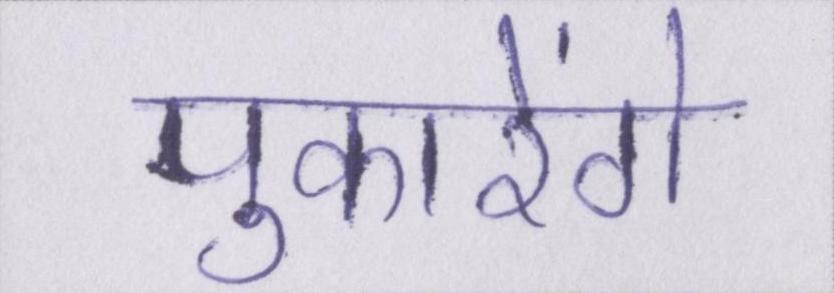
पुकारेंगे